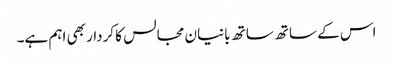
اس کے ساتھ ساتھ بانیان مجالس کا کردار بھی اہم ہے۔